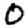
Digit: 0